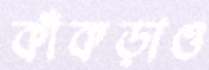
কাঁকড়াও